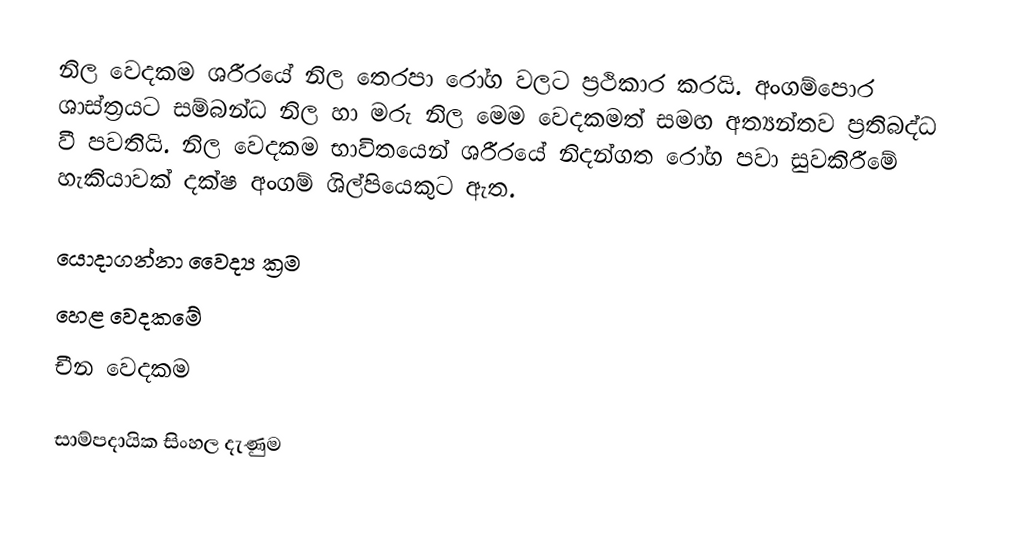
නිල වෙදකම ශරීරයේ නිල තෙරපා රෝග වලට ප්‍රථිකාර කරයි. අංගම්පොර ශාස්ත්‍රයට සම්බන්ධ නිල හා මරු නිල මෙම වෙදකමත් සමඟ අත්‍යන්තව ප්‍රතිබද්ධ වී පවතියි. නිල වෙදකම භාවිතයෙන් ශරීරයේ නිදන්ගත රෝග පවා සුවකිරීමේ හැකියාවක් දක්ෂ අංගම් ශිල්පියෙකුට ඇත.

යොදාගන්නා වෛද්‍ය ක්‍රම
  හෙළ වෙදකමේ
 චීන වෙදකම

සාම්පදායික සිංහල දැණුම